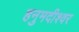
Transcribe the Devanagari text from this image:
हनुमदीश्वर